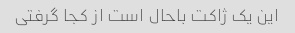
این یک ژاکت باحال است از کجا گرفتی